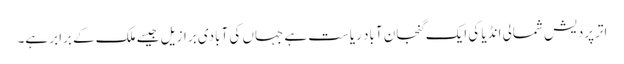
اترپردیش شمالی انڈیا کی ایک گنجان آباد ریاست ہے جہاں کی آبادی برازیل جیسے ملک کے برابر ہے۔